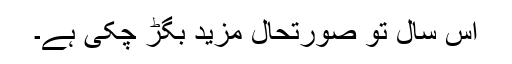
اس سال تو صورتحال مزید بگڑ چکی ہے۔